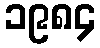
၁၉၈၄